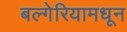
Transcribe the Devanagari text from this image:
बल्गेरियामधून